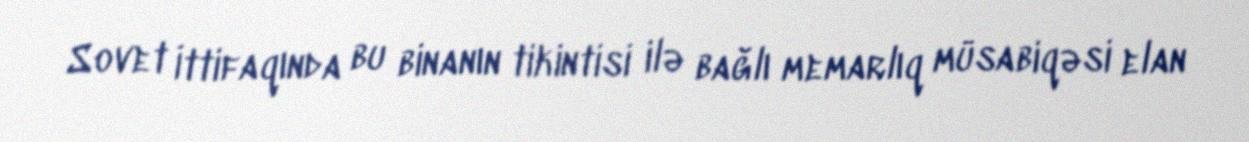
Sovet İttifaqında bu binanın tikintisi ilə bağlı memarlıq müsabiqəsi elan